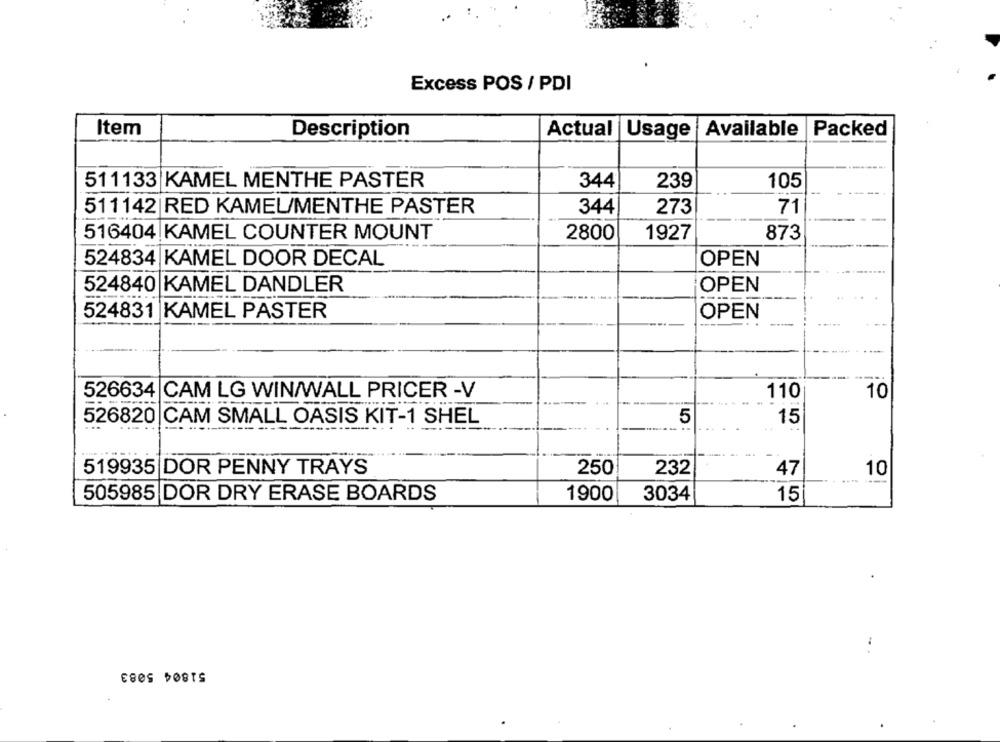
Excess POS / PDI
Item
Description
Actual Usage Available Packed
511133 KAMEL MENTHE PASTER
344
239
105
511142|RED KAMEL/MENTHE PASTER
344
273
71
516404 KAMEL COUNTER MOUNT
2800
1927
873
524834 KAMEL DOOR DECAL
OPEN
524840 KAMEL DANDLER
OPEN
524831 |KAMEL PASTER
OPEN
110
10
526634 CAM LG WIN/WALL PRICER -V
526820 CAM SMALL OASIS KIT-1 SHEL
5
15
519935 DOR PENNY TRAYS
250
232
47
10
505985 DOR DRY ERASE BOARDS
1900
3034
15
51804 5083